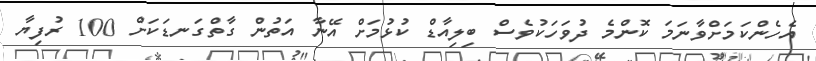
އެހެންކަމަށްވާނަމަ ކޮންމެ ދުވަހަކުވެސް ބިލިއާޑް ކުޅުމަށް އޭނާ އަތުން ގާތްގަނޑަކަށް 100 ރުފިޔާ